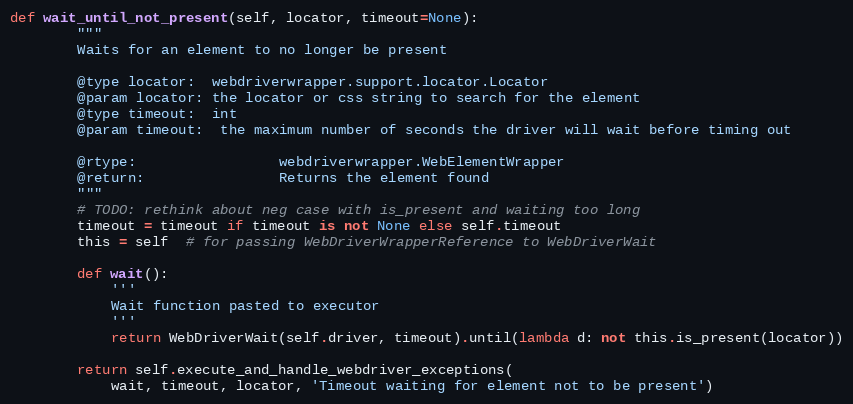
Language: Python
def wait_until_not_present(self, locator, timeout=None):
        """
        Waits for an element to no longer be present

        @type locator:  webdriverwrapper.support.locator.Locator
        @param locator: the locator or css string to search for the element
        @type timeout:  int
        @param timeout:  the maximum number of seconds the driver will wait before timing out

        @rtype:                 webdriverwrapper.WebElementWrapper
        @return:                Returns the element found
        """
        # TODO: rethink about neg case with is_present and waiting too long
        timeout = timeout if timeout is not None else self.timeout
        this = self  # for passing WebDriverWrapperReference to WebDriverWait

        def wait():
            '''
            Wait function pasted to executor
            '''
            return WebDriverWait(self.driver, timeout).until(lambda d: not this.is_present(locator))

        return self.execute_and_handle_webdriver_exceptions(
            wait, timeout, locator, 'Timeout waiting for element not to be present')